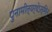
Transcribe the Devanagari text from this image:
पुनामीत्यर्थेऽस्मिन्